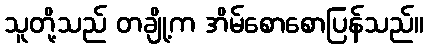
သူတို့သည် တချို့က အိမ်စောစောပြန်သည်။